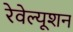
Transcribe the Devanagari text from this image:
रेवेल्यूशन